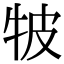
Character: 𤙎